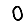
Digit: 0